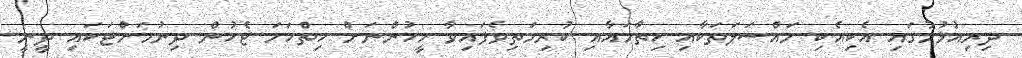
ދިރިއުޅުމުގައި އެކިއެކި މައްސަލަތަކާއި ހިތާމައާއި ކުރިމަތިވެފައިވާ މީހުންނަށް ހިތްހަމަ ޖެހުން ދިނުމަށްޓަކައި ދީނީ